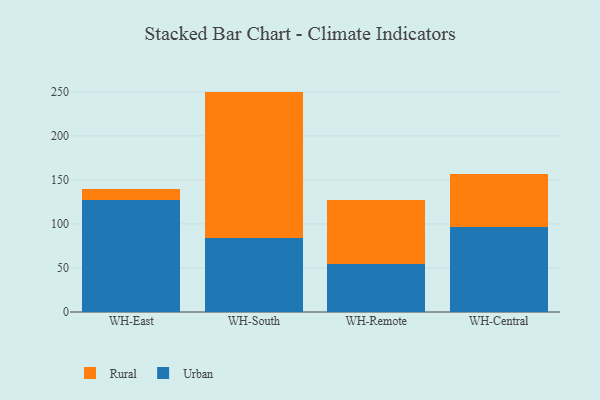
{"axis": {"x": "Warehouse", "y": "Latency (ms)"}, "legend": ["Rural", "Urban"], "data": [{"x": "WH-East", "y": 126.7, "type": "Urban"}, {"x": "WH-East", "y": 12.9, "type": "Rural"}, {"x": "WH-South", "y": 83.5, "type": "Urban"}, {"x": "WH-South", "y": 166.8, "type": "Rural"}, {"x": "WH-Remote", "y": 54.3, "type": "Urban"}, {"x": "WH-Remote", "y": 72.7, "type": "Rural"}, {"x": "WH-Central", "y": 96.4, "type": "Urban"}, {"x": "WH-Central", "y": 60.4, "type": "Rural"}]}